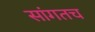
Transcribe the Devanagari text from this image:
सांगतच